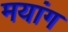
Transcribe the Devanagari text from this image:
मयांग